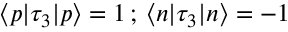
\langle p | \tau _ { 3 } | p \rangle = 1 \, ; \, \langle n | \tau _ { 3 } | n \rangle = - 1